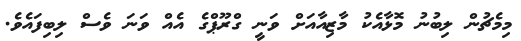
މިމެޗުން ލިބުނު މޮޅާއެކު މާޒިއާއަށް ވަނީ ގްރޫޕްގެ އެއް ވަނަ ވެސް ލިބިފައެވެ.